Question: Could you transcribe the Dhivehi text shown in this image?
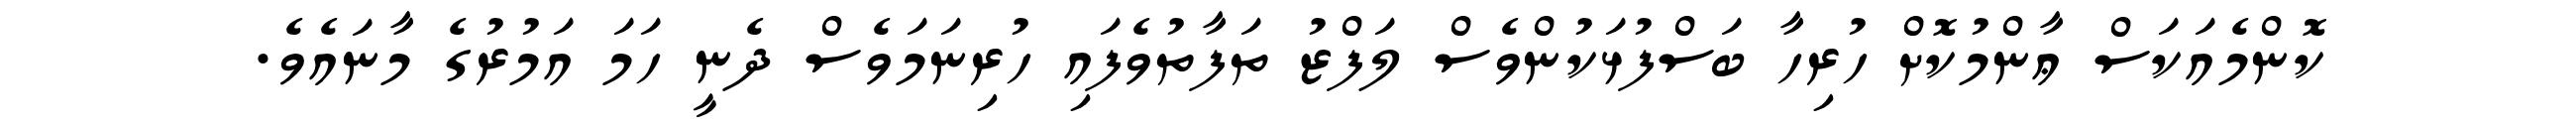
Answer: ކޮންމެއަކަސް ޢާންމުކޮށް ހުރިހާ ބަސްފުޅަކުންވެސް ލަފްޒު ތަފާތުވެފައި ހުރިނަމަވެސް ދެނީ ހަމަ އަމުރުގެ މާނައެވެ.